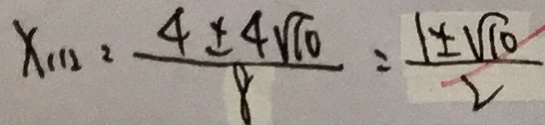
x _ { 1 1 2 } = \frac { 4 \pm 4 \sqrt { 1 0 } } { 8 } = \frac { 1 \pm \sqrt { 1 0 } } { 2 }